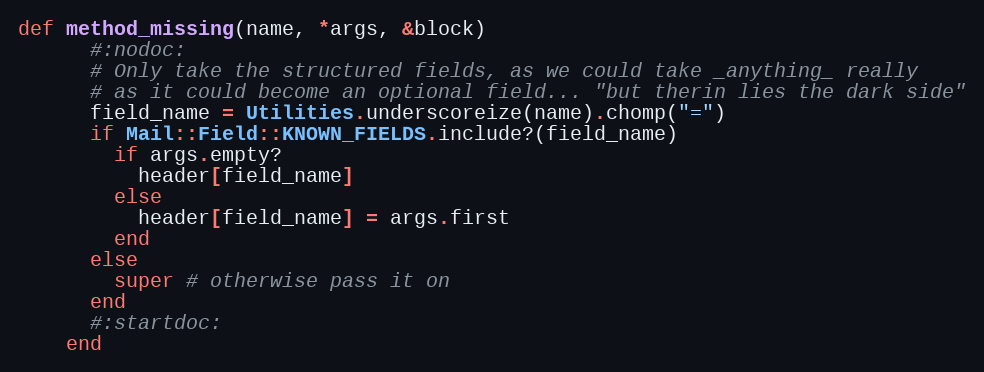
Language: Ruby
def method_missing(name, *args, &block)
      #:nodoc:
      # Only take the structured fields, as we could take _anything_ really
      # as it could become an optional field... "but therin lies the dark side"
      field_name = Utilities.underscoreize(name).chomp("=")
      if Mail::Field::KNOWN_FIELDS.include?(field_name)
        if args.empty?
          header[field_name]
        else
          header[field_name] = args.first
        end
      else
        super # otherwise pass it on
      end
      #:startdoc:
    end